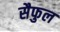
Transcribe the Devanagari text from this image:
सैफुल